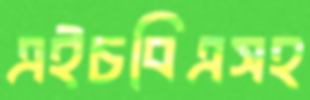
এইচবিএসহ